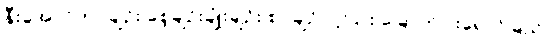
နီးအောင်ကပ်ချဉ်း စေ့ချဉ်းချုံးချဉ်း စပ်ချဉ်ပင့်ငြား ခြောက်ပါးရောင်ခြည်